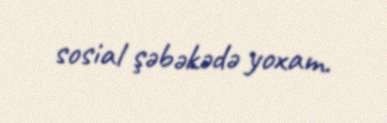
sosial şəbəkədə yoxam.